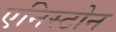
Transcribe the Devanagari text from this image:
एनिस्टोन